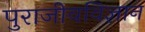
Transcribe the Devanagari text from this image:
पुराजीवविज्ञान